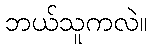
ဘယ်သူကလဲ။